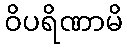
ဝိပရိဏာမိ